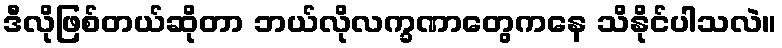
ဒီလိုဖြစ်တယ်ဆိုတာ ဘယ်လိုလက္ခဏာတွေကနေ သိနိုင်ပါသလဲ။